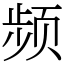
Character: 频